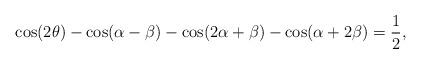
LaTeX: \begin{align*} \cos(2\theta)-\cos(\alpha-\beta)-\cos(2\alpha+\beta)-\cos(\alpha+2\beta)=\frac{1}{2},\end{align*}